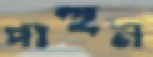
পাহুন